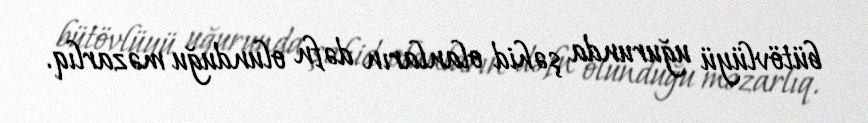
bütövlüyü uğurunda şəhid olanların dəfn olunduğu məzarlıq.